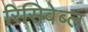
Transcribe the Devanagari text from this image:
रिसिवेब्ल